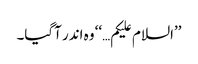
’’السلام علیکم…‘‘ وہ اندر آگیا۔